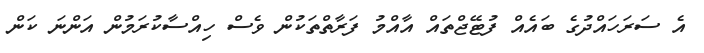
އެ ސަރަހައްދުގެ ބައެއް ފުޓޭޖްތައް އާއްމު ފަރާތްތަކުން ވެސް ހިއްސާކުރަމުން އަންނަ ކަން